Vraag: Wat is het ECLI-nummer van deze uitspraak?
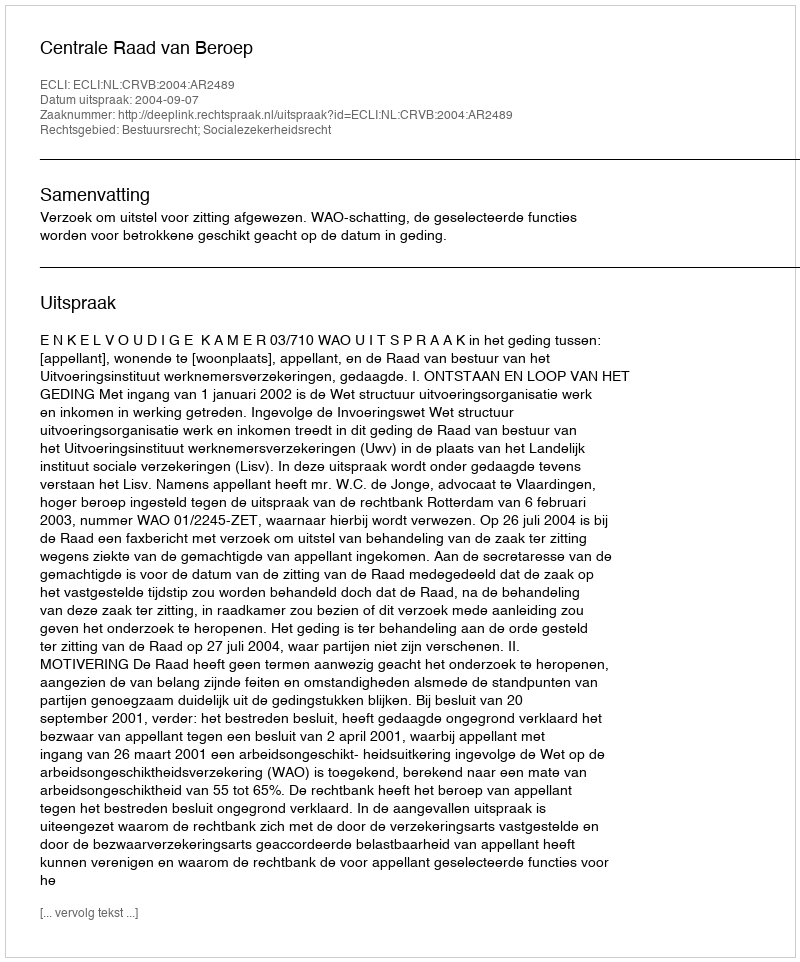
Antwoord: ECLI:NL:CRVB:2004:AR2489